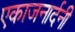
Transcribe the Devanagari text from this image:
एकाजनार्दनी